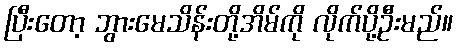
ပြီးတော့ ဘွားမေသိန်းတို့အိမ်ကို လိုက်ပို့ဦးမည်။